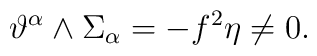
\vartheta^{\alpha}\wedge\Sigma_{\alpha} =-f^2\eta\neq 0.